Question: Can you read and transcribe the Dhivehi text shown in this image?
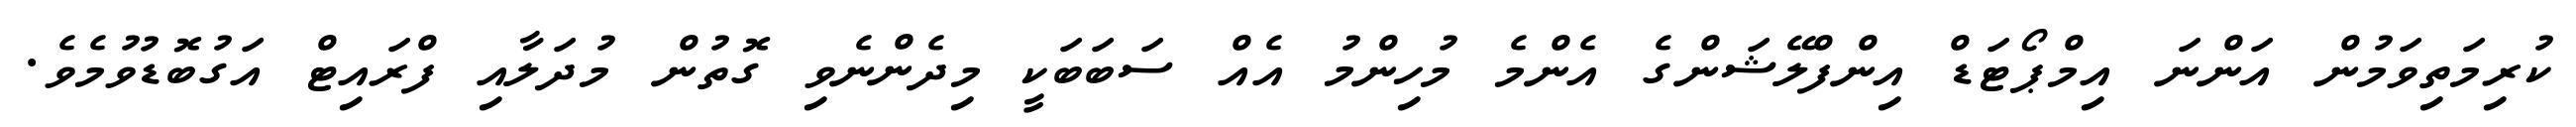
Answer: ކުރިމަތިވަމުން އަންނަ އިމްޕޯޓަޑް އިންފްލޭޝަންގެ އެންމެ މުހިންމު އެއް ސަބަބަކީ މިދެންނެވި ގޮތުން މުދަލާއި ފްރައިޓް އަގުބޮޑުވުމެވެ.